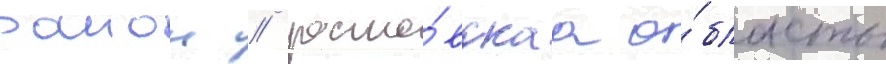
раион / росто́вскаа о́бласть